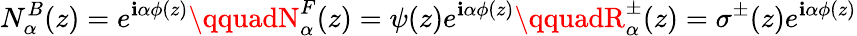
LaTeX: N_{\alpha}^{B}(z)=e^{\mathbf{i}\alpha\phi(z)}\qquadN_{\alpha}^{F}(z)=\psi(z)e^{\mathbf{i}\alpha\phi(z)}\qquadR_{\alpha}^{\pm}(z)=\sigma^{\pm}(z)e^{\mathbf{i}\alpha\phi(z)}